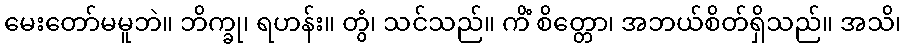
မေးတော်မမူဘဲ။ ဘိက္ခု၊ ရဟန်း။ တွံ၊ သင်သည်။ ကိံ စိတ္တော၊ အဘယ်စိတ်ရှိသည်။ အသိ၊